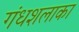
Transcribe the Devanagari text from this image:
गंधशलाका